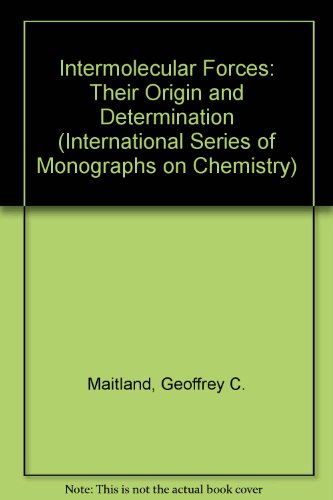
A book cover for Intermolecular Forces: Their Origin and Determination (International Series of Monographs on Chemistry); Geoffrey Maitland; Science & Math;